Vaccination North-Western Provinces 1866-1877 - 1866-1877
Year: 1866
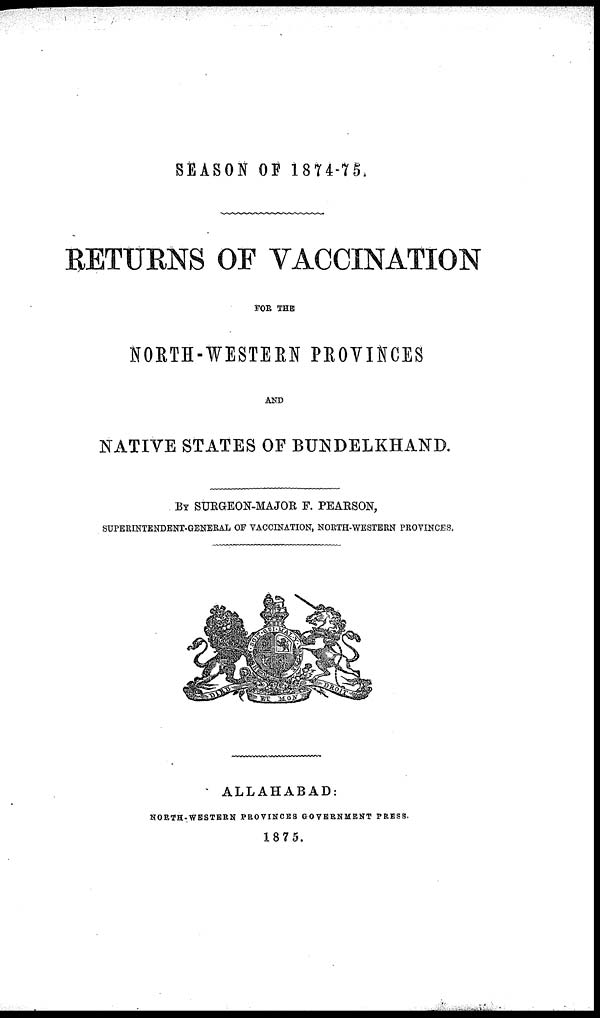
SEASON OF 1874-75.
RETURNS OF VACCINATION
FOR THE
NORTH-WESTERN PROVINCES
AND
NATIVE STATES OF BUNDELKHAND.
BY SURGEON-MAJOR F. PEARSON,
SUPERINTENDENT-GENERAL OF VACCINATION, NORTH-WESTERN PROVINCES,
ALLAHABAD:
NORTH-WESTERN PROVINCES GOVERNMENT PRESS.
1875.